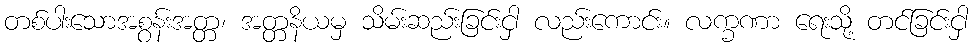
တစ်ပါးသောအစွန်းအတ္တ၊ အတ္တနိယမှ သိမ်းဆည်းခြင်းငှါ လည်းကောင်း။ လက္ခဏာ ရေးသို့ တင်ခြင်းငှါ